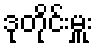
ဒုတိုင်းမှူး